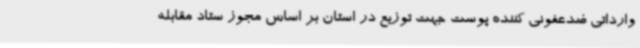
وارداتی ضدعفونی کننده پوست جهت توزیع در استان بر اساس مجوز ستاد مقابله